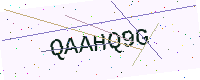
Text: QAAHQ9G